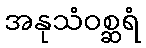
အနုသံဝစ္ဆရံ